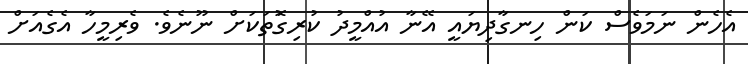
އެހެން ނަމަވެސް ކަން ހިނގާދިޔައީ އޭނާ އުއްމީދު ކުރިގޮަތަކަށް ނޫނެވެ. ވެރިމީހާ އެގެއަށް